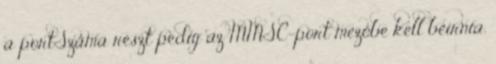
a portSzáma részt pedig az MMSC-port mezőbe kell beírnia.